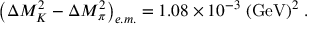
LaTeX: \left( \Delta M _ { K } ^ { 2 } - \Delta M _ { \pi } ^ { 2 } \right) _ { e . m . } = 1 . 0 8 \times 1 0 ^ { - 3 } \; ( \mathrm { G e V } ) ^ { 2 } \; .